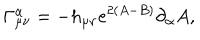
LaTeX: \Gamma _ { \mu \nu } ^ { \alpha } = - h _ { \mu \nu } e ^ { 2 ( A - B ) } \partial _ { \alpha } A ,